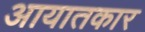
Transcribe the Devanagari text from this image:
आयातकार